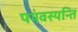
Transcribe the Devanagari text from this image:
पयंवस्यन्ति